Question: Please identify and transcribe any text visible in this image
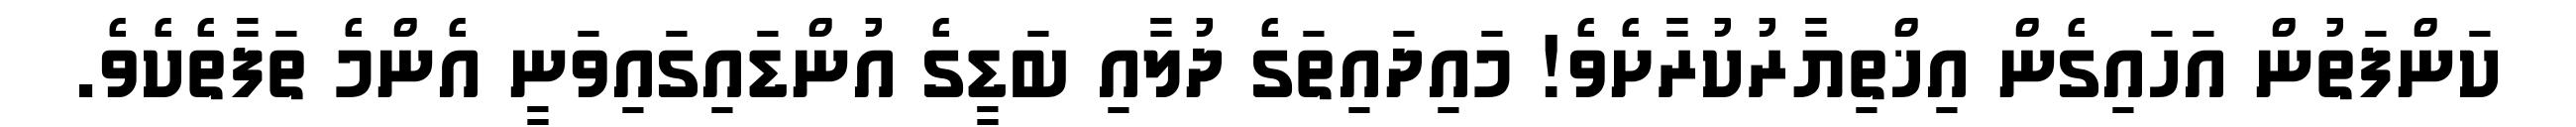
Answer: ކަންފަތުން އަހައިގެން އިޚްތިޔާރުކުރާށެވެ! މައިދައިތަގެ ދުލާއި ބަޑީގެ އުންޑައިގައިވަނީ އެންމެ ތަފާތެކެވެ.